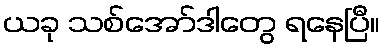
ယခု သစ်အော်ဒါတွေ ရနေပြီ။